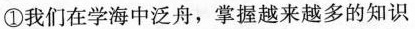
①我们在学海中泛舟，掌握越来越多的知识